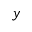
y